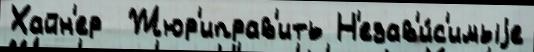
Хайн'ер  Жюр'иправ'ить Н'езав'и́с'имыjе